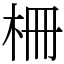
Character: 柵